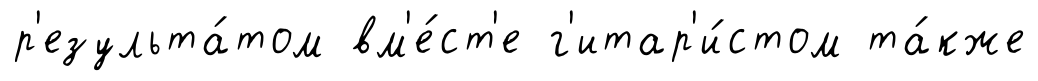
р'езульта́том вм'е́ст'е г'итар'и́стом та́кже